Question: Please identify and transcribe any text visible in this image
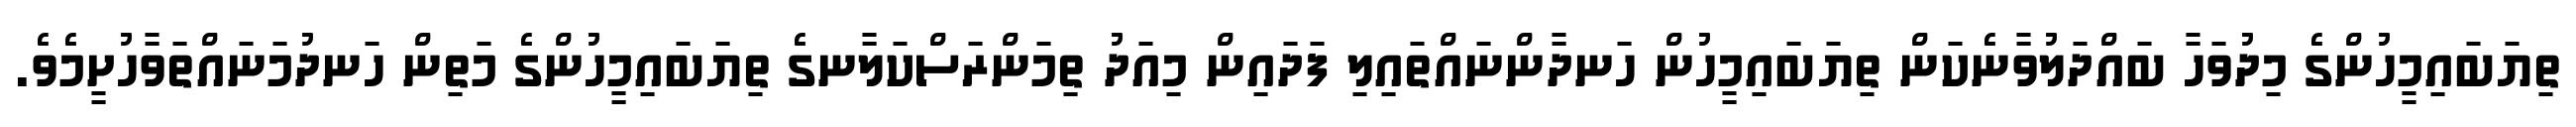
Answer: ތިޔަބައިމީހުންގެ މިދުވަހާ ބައްދަލުވާނެކަން ތިޔަބައިމީހުން ހަނދާންނައްތައިލި ފަދައިން މިއަދު ތިމަންރަސްކަލާނގެ ތިޔަބައިމީހުންގެ މަތިން ހަނދުމަނައްތަވާހުށީމެވެ.